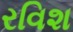
રવિશ